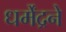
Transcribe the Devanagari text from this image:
धर्मेंद्रने